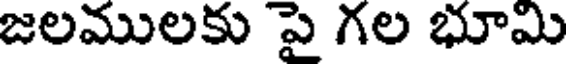
జలములకు పై గల భూమి